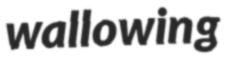
wallowing